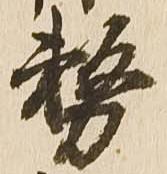
務